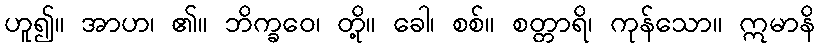
ဟူ၍။ အာဟ၊ ၏။ ဘိက္ခဝေ၊ တို့။ ခေါ၊ စစ်။ စတ္တာရိ၊ ကုန်သော။ ဣမာနိ